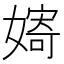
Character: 𱙪